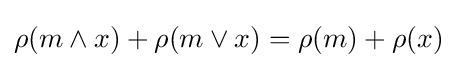
\rho (m\wedge x)+\rho (m\vee x)=\rho (m)+\rho (x)